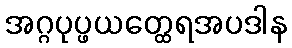
အဂ္ဂပုပ္ဖယတ္ထေရအပဒါန